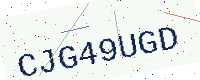
Text: CJG49UGD